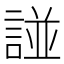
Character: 諩